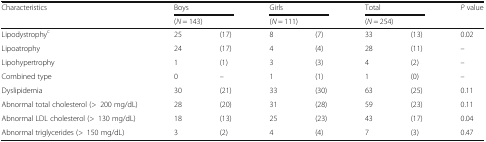
<table><thead><tr><td rowspan="2"><b>Characteristics</b></td><td colspan="2"><b>Boys</b></td><td colspan="2"><b>Girls</b></td><td colspan="2"><b>Total</b></td><td><b><i>P</i> value</b></td></tr><tr><td colspan="2"><b>(<i>N</i> = 143)</b></td><td colspan="2"><b>(<i>N</i> = 111)</b></td><td colspan="2"><b>(<i>N</i> = 254)</b></td><td></td></tr></thead><tbody><tr><td>Lipodystrophy<sup>c</sup></td><td>25</td><td>(17)</td><td>8</td><td>(7)</td><td>33</td><td>(13)</td><td>0.02</td></tr><tr><td>Lipoatrophy</td><td>24</td><td>(17)</td><td>4</td><td>(4)</td><td>28</td><td>(11)</td><td>–</td></tr><tr><td>Lipohypertrophy</td><td>1</td><td>(1)</td><td>3</td><td>(3)</td><td>4</td><td>(2)</td><td>–</td></tr><tr><td>Combined type</td><td>0</td><td>–</td><td>1</td><td>(1)</td><td>1</td><td>(0)</td><td>–</td></tr><tr><td>Dyslipidemia</td><td>30</td><td>(21)</td><td>33</td><td>(30)</td><td>63</td><td>(25)</td><td>0.11</td></tr><tr><td>Abnormal total cholesterol (&gt;200 mg/dL)</td><td>28</td><td>(20)</td><td>31</td><td>(28)</td><td>59</td><td>(23)</td><td>0.11</td></tr><tr><td>Abnormal LDL cholesterol (&gt;130 mg/dL)</td><td>18</td><td>(13)</td><td>25</td><td>(23)</td><td>43</td><td>(17)</td><td>0.04</td></tr><tr><td>Abnormal triglycerides (&gt;150 mg/dL)</td><td>3</td><td>(2)</td><td>4</td><td>(4)</td><td>7</td><td>(3)</td><td>0.47</td></tr></tbody></table>